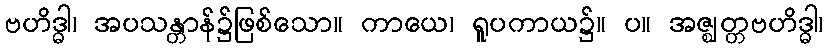
ဗဟိဒ္ဓါ၊ အပသန္တာန်၌ဖြစ်သော။ ကာယေ၊ ရူပကာယ၌။ ပ။ အဇ္ဈတ္တဗဟိဒ္ဓါ၊